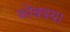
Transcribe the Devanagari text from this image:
कोंबडया